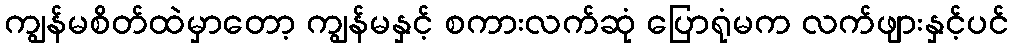
ကျွန်မစိတ်ထဲမှာတော့ ကျွန်မနှင့် စကားလက်ဆုံ ပြောရုံမက လက်ဖျားနှင့်ပင်